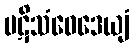
ပဋိသံဝေဒေယျံ